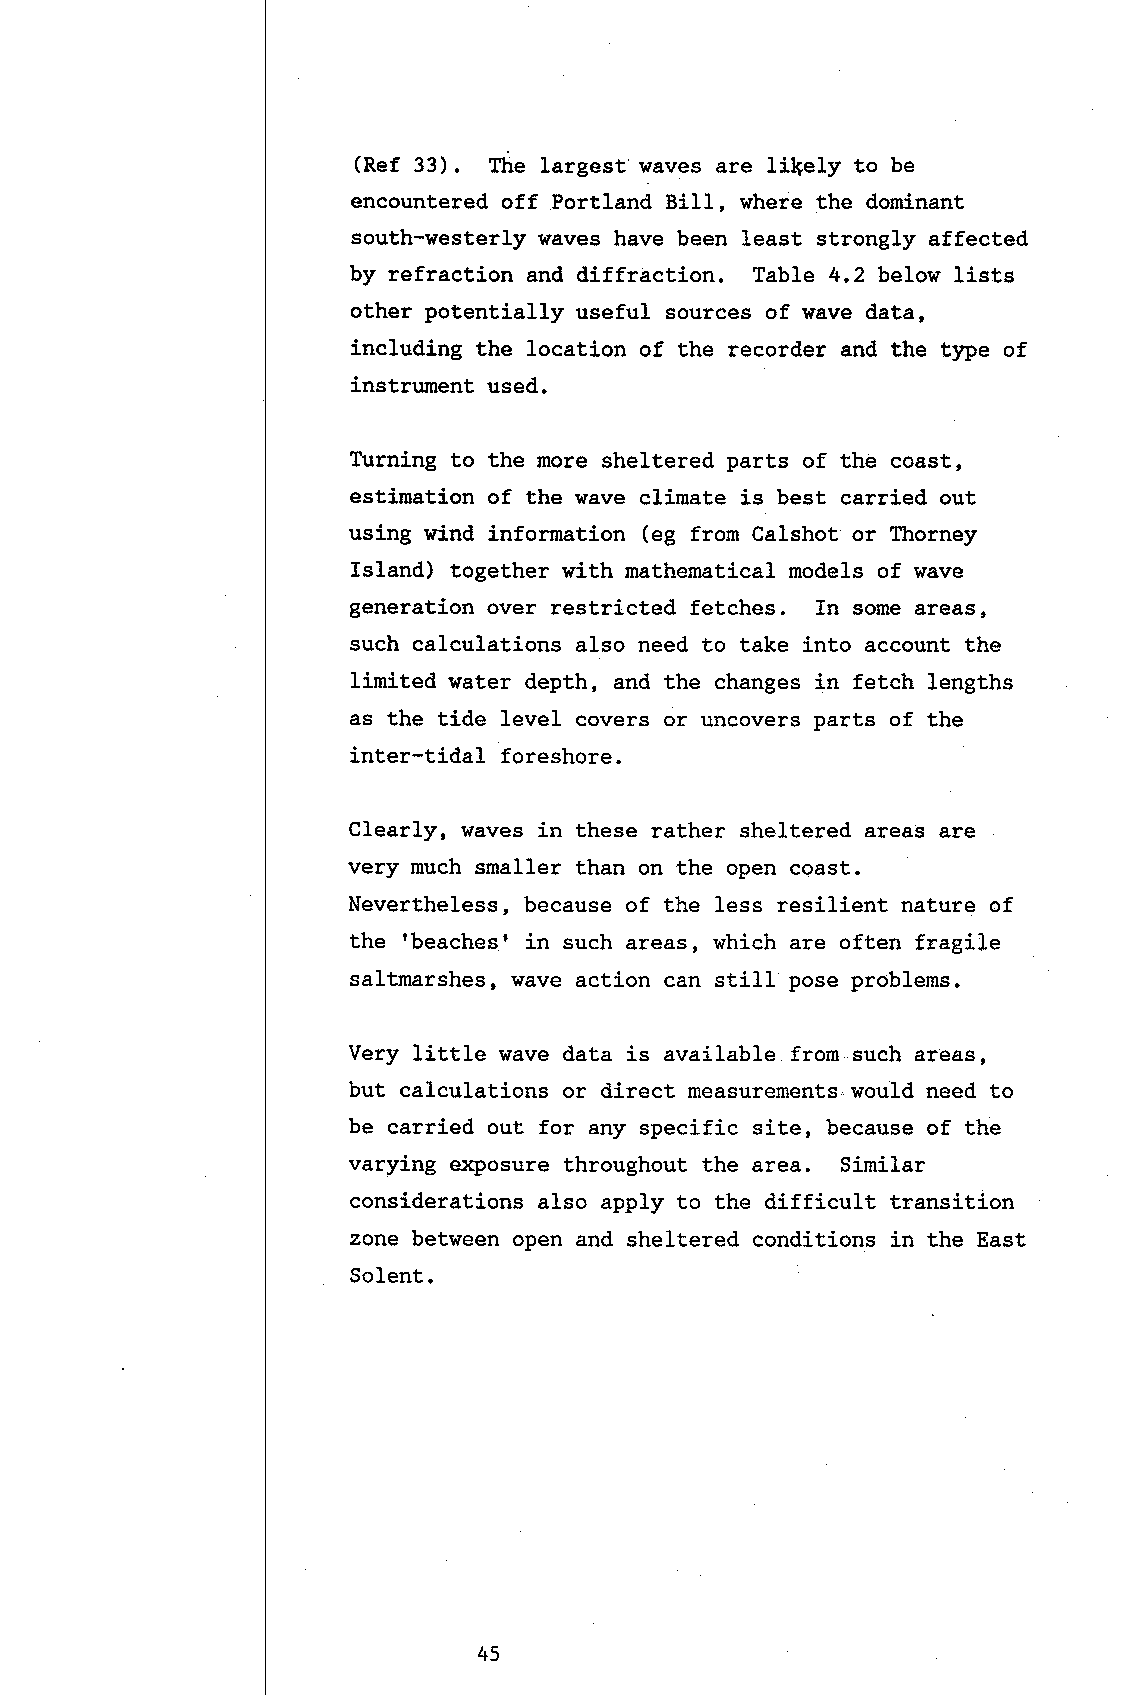
(Ref 33). Ttre largest waves are li\ely to be
 encountered off Portland BiIl, where the dominant
 south-westerly waves have been least strongly affected
 by refraction and diffraction. Tab1e 4.2 below lists
 other potentially useful sources of wave data,
 including the location of the recorder and the type of
 instrument used.
 firrning to the more sheltered parts of the coast,
 estimation of the wave climate is best carried out
 using wind information (eg from Calshot or Thorney
 Island) together with mathematical models of wave
 generation over restricted fetches. fn some areas,
 such calculations also need to take into account the
 limited water depth, and the changes in fetch lengths
 as the tide level covers or uncovers parts of the
 inter-tidal foreshore.
 CIearIy, waves in these rather sheltered areas are
 very much smaller than on the open coast.
 Nevertheless, because of the less resilient nature of
 rbeachesr
 the         in such areas, which are often fragile
 saltmarshes, wave action can still pose problems.
 Very litt1e wave data is available from such areas,
 but ealculations or direct measurements.would need to
 be earried out for any specific site, because of the
 varying erq)osure throughout the area. Similar
 considerations also apply to the difficult transition
 zone between open and sheltered conditions in the East
 Solent.
 45